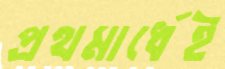
প্রথমার্ধেই